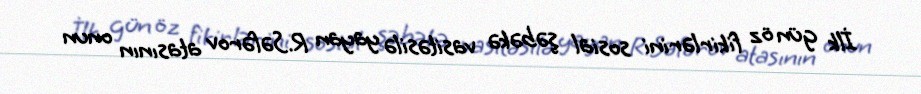
İlk gün öz fikirlərini sosial şəbəkə vasitəsilə yayan R.Səfərov atasının onun